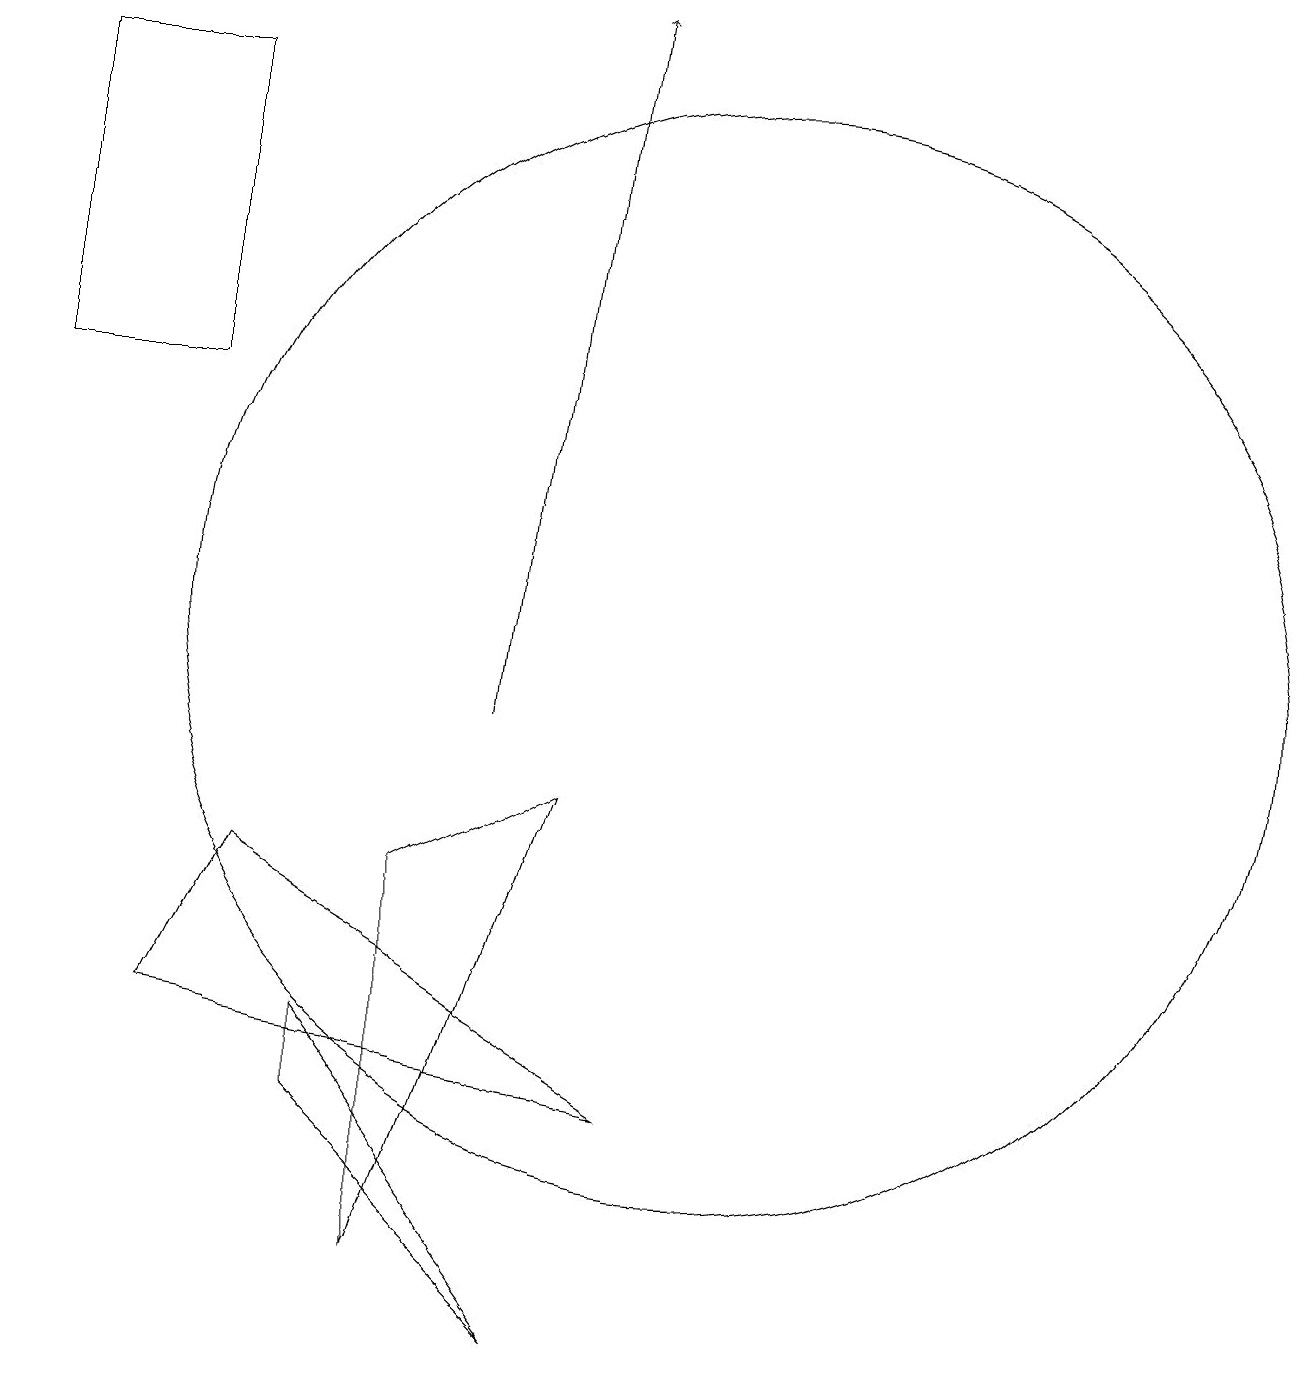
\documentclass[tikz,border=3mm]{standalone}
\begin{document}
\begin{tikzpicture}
\draw (10,11) circle (7);
\draw (9,5) -- (4,8) -- (3,6) -- cycle;
\draw (8,2) -- (5,6) -- (5,5) -- cycle;
\draw[->] (7,10) -- (8,19);
\draw (3,14) rectangle (1,18);
\draw (6,8) -- (6,3) -- (8,9) -- cycle;
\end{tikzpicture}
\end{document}